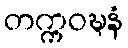
တက္ကဝဍ္ဎနံ